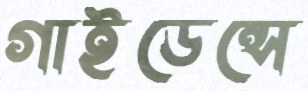
গাইডেন্সে